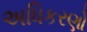
અધિકરણો